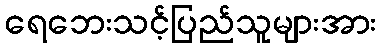
ရေဘေးသင့်ပြည်သူများအား